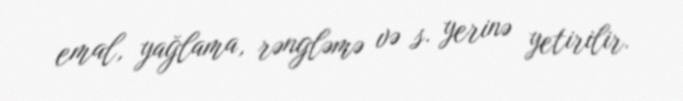
emal, yağlama, rəngləmə və s. yerinə yetirilir.